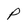
Character: P